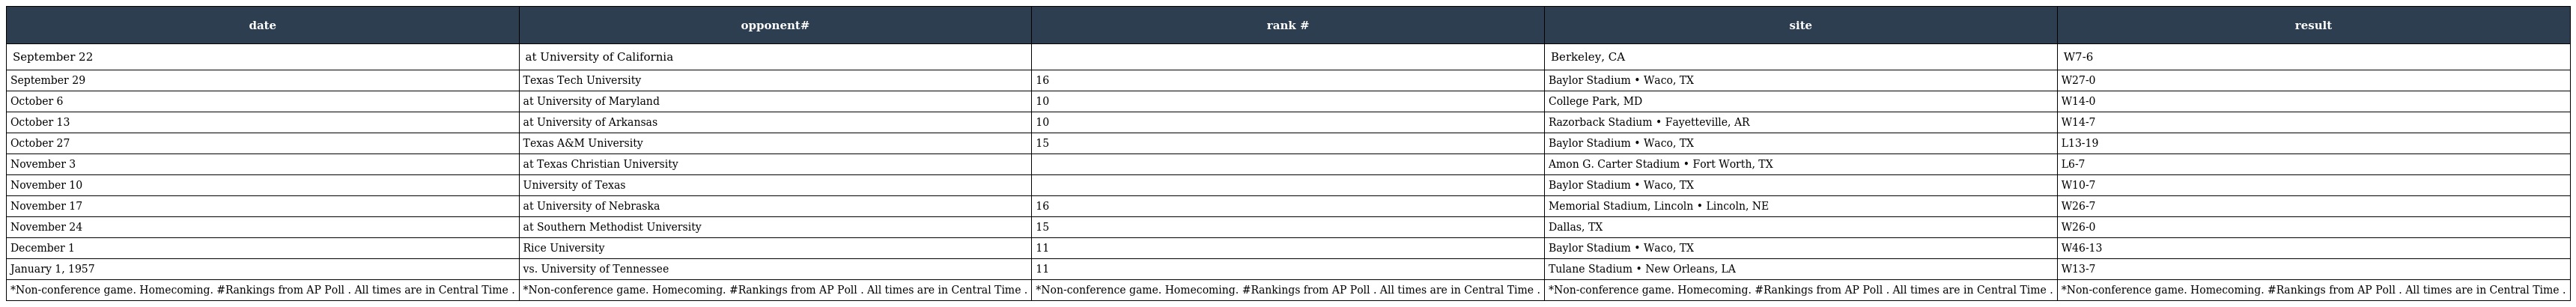
| date | opponent# | rank # | site | result |
 | --- | --- | --- | --- | --- |
 | September 22 | at University of California |  | Berkeley, CA | W7-6 |
 | September 29 | Texas Tech University | 16 | Baylor Stadium • Waco, TX | W27-0 |
 | October 6 | at University of Maryland | 10 | College Park, MD | W14-0 |
 | October 13 | at University of Arkansas | 10 | Razorback Stadium • Fayetteville, AR | W14-7 |
 | October 27 | Texas A&M University | 15 | Baylor Stadium • Waco, TX | L13-19 |
 | November 3 | at Texas Christian University |  | Amon G. Carter Stadium • Fort Worth, TX | L6-7 |
 | November 10 | University of Texas |  | Baylor Stadium • Waco, TX | W10-7 |
 | November 17 | at University of Nebraska | 16 | Memorial Stadium, Lincoln • Lincoln, NE | W26-7 |
 | November 24 | at Southern Methodist University | 15 | Dallas, TX | W26-0 |
 | December 1 | Rice University | 11 | Baylor Stadium • Waco, TX | W46-13 |
 | January 1, 1957 | vs. University of Tennessee | 11 | Tulane Stadium • New Orleans, LA | W13-7 |
 | *Non-conference game. Homecoming. #Rankings from AP Poll . All times are in Central Time . | *Non-conference game. Homecoming. #Rankings from AP Poll . All times are in Central Time . | *Non-conference game. Homecoming. #Rankings from AP Poll . All times are in Central Time . | *Non-conference game. Homecoming. #Rankings from AP Poll . All times are in Central Time . | *Non-conference game. Homecoming. #Rankings from AP Poll . All times are in Central Time . |